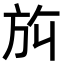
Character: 𬀀